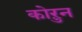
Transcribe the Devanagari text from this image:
कोऱुन